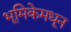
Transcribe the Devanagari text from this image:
भूमिकेमधून